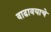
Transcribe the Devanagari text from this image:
वाढावयाचे